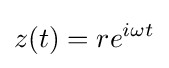
z(t)=re^{i\omega t}